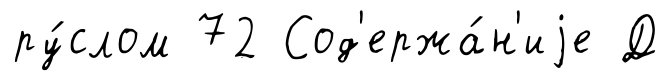
ру́слом 72 Сод'ержа́н'иjе Д